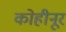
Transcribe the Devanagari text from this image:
कोहीनूर